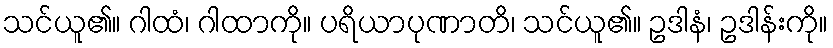
သင်ယူ၏။ ဂါထံ၊ ဂါထာကို။ ပရိယာပုဏာတိ၊ သင်ယူ၏။ ဥဒါနံ၊ ဥဒါန်းကို။